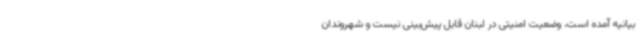
بیانیه آمده است، وضعیت امنیتی در لبنان قابل‌ پیش‌بینی نیست و شهروندان